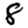
Digit: 8